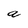
Character: a